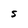
Character: S